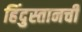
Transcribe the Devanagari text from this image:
हिंदुस्तानची